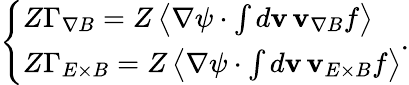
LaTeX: \left\{ \begin{array}{ll}{Z\Gamma_{\nabla B}=Z\left\langle\nabla\psi\cdot\int d\mathbf{v}\, \mathbf{v}_{\nabla B}f\right\rangle}\\ {Z\Gamma_{E\times B}=Z\left\langle\nabla\psi\cdot\int d\mathbf{v}\, \mathbf{v}_{E\times B}f\right\rangle}\end{array}\right..